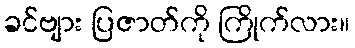
ခင်ဗျား ပြဇာတ်ကို ကြိုက်လား။